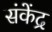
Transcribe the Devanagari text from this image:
संकेंद्र